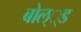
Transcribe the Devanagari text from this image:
बोल््ड